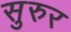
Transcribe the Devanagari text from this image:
सुरुर